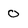
Character: 0